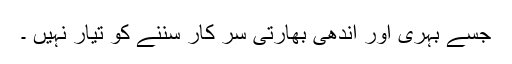
جسے بہری اور اندھی بھارتی سر کار سننے کو تیار نہیں ۔